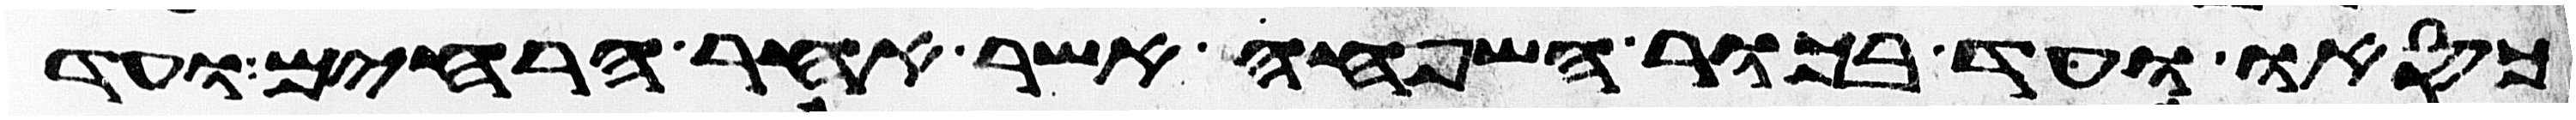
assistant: כסאו ועד בכור השפחה אשר אחר הרחים ועד